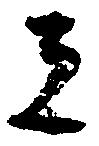
者